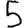
Digit: 5